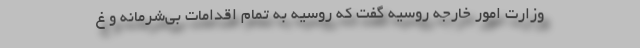
وزارت امور خارجه روسیه گفت که روسیه به تمام اقدامات بی‌شرمانه و غ